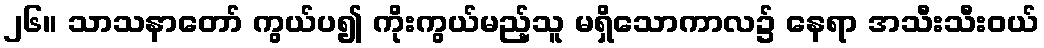
၂၆။ သာသနာတော် ကွယ်ပ၍ ကိုးကွယ်မည့်သူ မရှိသောကာလ၌ နေရာ အသီးသီးဝယ်